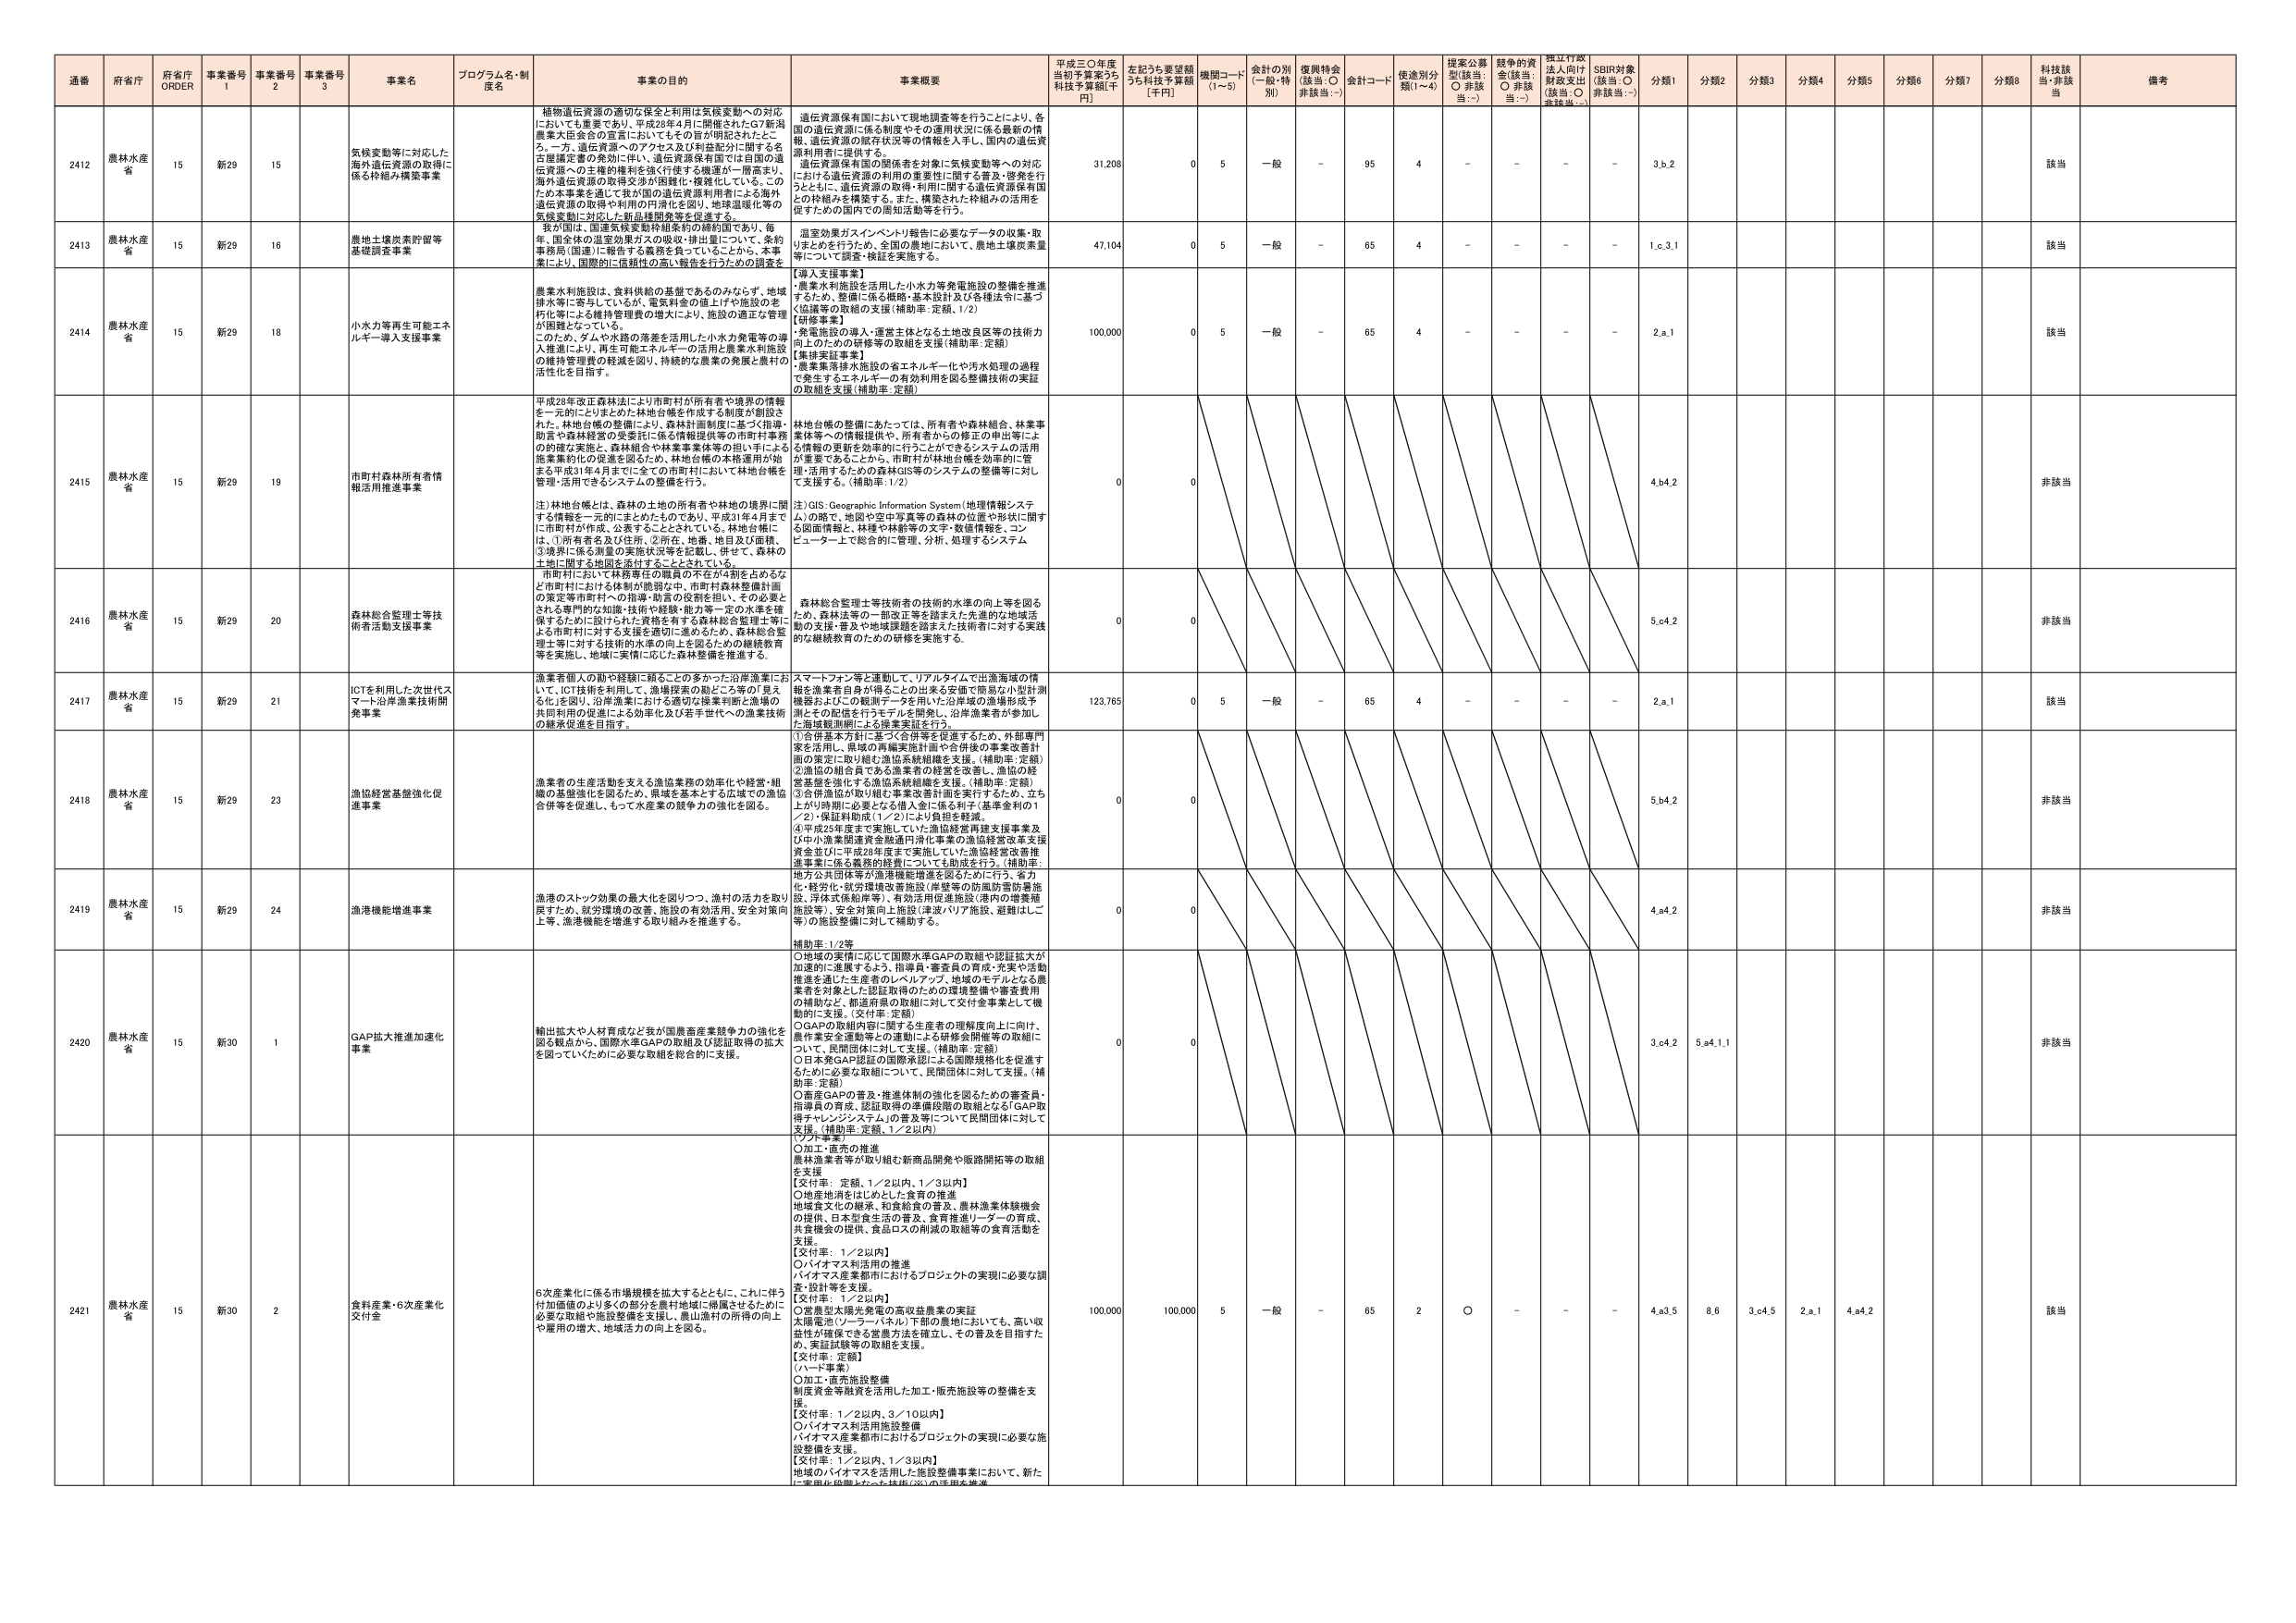
通番 府省庁 府省庁 ORDER 事業番号 1 事業番号 2 事業番号 3 事業名 プログラム名・制度名 事業の目的 事業概要 平成三〇年度 当初予算案うち 財政予算額[千円] 左記うち要望額 うち財政予算額 [千円] 機関コード (1～5) 金計の別 (一般・特別) 復興特金 (該当:○ 非該当:－) 金計コード 使用別分類(1～4) 提案公募型(該当:○ 非該当:－) 競争的資金(該当:○ 非該当:－) 指定行政法人向け財政支出(該当:○ 非該当:－) SDBR対象(該当:○ 非該当:－) 分類1 分類2 分類3 分類4 分類5 分類6 分類7 分類8 科技該当・非該当 備考

2412 農林水産省 15 新29 15 気候変動等に対応した海外遺伝資源の取得に係る枠組み構築事業 植物遺伝資源の適切な保全と利用は気候変動への対応においても重要であり、平成28年4月に開催されたG7新潟農業大臣会合の宣言においてもその旨が明記されたところ。一方、遺伝資源へのアクセス及び利用益配分に関する各国議定書の発効に伴い、遺伝資源保有国では国の遺伝資源への主権的権利を強く行使する機運が一層高まり、海外遺伝資源の取得交渉が困難化・複雑化している。このため本事業を通じて我が国の遺伝資源利用者による海外遺伝資源の取得や利用の円滑化を図り、地球温暖化等の気候変動に対応した新品種開発等を促進する。 遺伝資源保有国において現地調査等を行うことにより、各国の遺伝資源に係る制度やその運用状況に係る最新の情報、遺伝資源の保存状況等の情報を入手し、国内の遺伝資源利用者に提供する。 遺伝資源保有国の関係者を対象に気候変動等への対応における遺伝資源の利用の重要性に関する普及・啓発を行うとともに、遺伝資源の取得・利用に関する遺伝資源保有国との枠組みを構築する。また、構築された枠組みの活用を促すための国内での周知活動等を行う。 31,208 0 5 一般 － 95 4 － － － － 3.b.2 該当

2413 農林水産省 15 新29 16 農地土壌炭素貯留等基礎調査事業 我が国は、国連気候変動枠組条約の締約国であり、毎年、国全体の温室効果ガスの吸収・排出量について、条約事務局（国連）に報告する義務を負っていることから、本事業により、国際的に信頼性の高い報告を行うための調査を 温室効果ガスインベントリ報告に必要なデータの収集・取りまとめを行うため、全国の農地において、農地土壌炭素量等について調査・検証を実施する。 47,104 0 5 一般 － 65 4 － － － － 1.c.3.1 該当

2414 農林水産省 15 新29 18 小水力等再生可能エネルギー導入支援事業 農業水利施設は、食料供給の基盤であるのみならず、地域排水等に寄与しているが、電気料金の値上げや施設の老朽化等による維持管理費の増大により、施設の適正な管理が困難となっている。 このため、ダムや水路の発電を活用した小水力発電等の導入推進により、再生可能エネルギーの活用と農業水利施設の維持管理費の軽減を図り、持続的な農業の発展と農村の活性化を目指す。 【導入支援事業】 農業水利施設を活用した小水力等発電施設の整備を推進するため、整備に係る戦略・基本設計及び各種法令に基づく協議等の取組の支援（補助率：定額、1/2） 【研修事業】 ・発電施設の導入・運営主体となる土地改良区等の技術力向上のための研修等の取組を支援（補助率：定額） 【集排実証事業】 農業集落排水施設の省エネルギー化や汚水処理の過程で発生するエネルギーの有効利用を図る整備技術の実証の取組を支援（補助率：定額） 100,000 0 5 一般 － 65 4 － － － － 2.a.1 該当

2415 農林水産省 15 新29 19 市町村森林所有者情報活用推進事業 平成28年改正森林法により市町村が所有者や境界の情報を一元的にとりまとめた「林地台帳を作成する制度が創設された。林地台帳の整備により、森林計画制度に基づく指導・助言や森林経営の受委託に係る情報提供等の市町村事務の的確な実施と、森林組合や林業事業体等の担い手による施策集約化の促進を図るため、林地台帳の本格運用が始まる平成31年4月までに全ての市町村において林地台帳を管理・活用できるシステムの整備を行う。 注）林地台帳とは、森林の土地の所有者や林地の境界に関する情報を一元的にまとめたものであり、平成31年4月までに市町村が作成、公表することとしている。林地台帳には、①所有者名及び住所、②所在、地番、地目及び面積、③境界に係る測量の実施状況等を記載し、併せて、森林の土地に関する地図を添付することとされている。 市町村において林務等庁の職員の不在が4割を占めるなど市町村における体制が脆弱な中、市町村森林整備計画の策定等市町村への指導・助言の役割を担い、その必要とされる専門的な知識・技術や経験・能力等一定の水準を確保するために設けられた資格を有する森林総合管理士等による市町村に対する支援を適切に進めるため、森林総合管理士等に対する技術的水準の向上を図るための継続教育等を実施し、地域に実情に応じた森林整備を推進する。 林地台帳の整備にあたっては、所有者や森林組合、林業事業体等への情報提供や、所有者からの修正の申出等による情報の更新を効率的に行うことができるシステムの活用が重要であることから、市町村が林地台帳を効率的に管理・活用するための森林GIS等のシステムの整備等に対し支援する。（補助率：1/2） 注）GIS: Geographic Information System（地理情報システム）の略で、地図や空中写真等の森林の位置や形状に関する図面情報と、林種や林齢等の文字・数値情報、コンピュータ上で総合的に管理、分析、処理するシステム 0 0 4.b4.2 非該当

2416 農林水産省 15 新29 20 森林総合管理士等技術者活動支援事業 森林総合管理士等技術者の技術的水準の向上等を図るため、森林法等の一部改正等を踏まえた先進的な地域活動の支援・普及や地域課題を踏まえた技術者に対する実践的な継続教育のための研修を実施する。 0 0 5.c4.2 非該当

2417 農林水産省 15 新29 21 ICTを利用した次世代スマート沿岸漁業技術開発事業 漁業者個人の動や経験に頼ることの多かった沿岸漁業において、ICT技術を活用して、漁場探査の勘どころ等の「見えない」を図り、沿岸漁業における適切な操業判断と漁場の共同利用の促進による効率化及び若手世代への漁業技術の継承促進を目指す。 スマートフォン等と連動して、リアルタイムで出漁海域の情報を漁業者自身が得ることの出来る安価で簡易な小型計測機器およびこの観測データを用いた沿岸域の漁場形成予測とその配信を行うモデルを開発し、沿岸漁業者が参加した海域観測網による漁業実証を行う。 123,765 0 5 一般 － 65 4 － － － － 2.a.1 該当

2418 農林水産省 15 新29 23 漁協経営基盤強化促進事業 漁業者の生産活動を支える漁協業務の効率化や経営・組織の基盤強化を図るため、県域を基本とする広域での漁協合併等を促進し、もって水産業の競争力の強化を図る。 ①合併基本方針に基づく合併等を促進するため、外部専門家を活用し、県域の再編実施計画や合併後の事業改善計画の策定に取り組む漁協系統組織を支援。（補助率：定額） ②漁協の組合員である漁業者の経営を改善し、漁協の経営基盤を強化する漁協系統組織を支援。（補助率：定額） ③合併漁協が取り組む事業改善計画を実行するため、立ち上がり時期に必要となる借入金に係る利子（基準金利の1／2）・保証料助成（1／2）により負担を軽減。 ④平成23年度まで実施していた漁協経営再建支援事業及び中小漁業関連資金融通円滑化事業の漁協経営改革支援資金並びに平成23年度まで実施していた漁協経営改善推進事業に係る義務的経費についても助成を行う。（補助率： 0 0 5.b4.2 非該当

2419 農林水産省 15 新29 24 漁港機能増進事業 漁港のストック効果の最大化を図りつつ、漁村の活力を取り戻すため、就労環境の改善、施設の有効活用、安全対策向上等、漁港機能を増進する取り組みを推進する。 地方公共団体等が漁港機能増進を図るために行う、省力化・軽労化・就労環境改善施設（岸壁等の防風防雪防暑施設、浮体式係船岸等）、有効活用促進施設（港内の増築施設等）、安全対策向上施設（津波バリア施設、避難はしご等）の施設整備に対して補助する。 補助率：1/2等 0 0 4.a4.2 非該当

2420 農林水産省 15 新30 1 GAP拡大推進加速化事業 輸出拡大や人材育成など我が国農畜産業競争力の強化を図る観点から、国際水準GAPの取組及び認証取得の拡大を図っていくために必要な取組を総合的に支援。 ○地域の実情に応じて国際水準GAPの取組や認証拡大が加速的に進展するよう、指導員・審査員の育成・充実や活動推進を通じた生産者のレベルアップ、地域のモデルとなる農業者を対象とした認証取得のための環境整備や審査費用の補助は、都道府県の取組に対して交付金事業として機動的に支援。（交付率：定額） ○GAPの取組内容に関する生産者の理解度向上に向け、農作業安全運動等との連動による研修会開催等の取組について、民間団体に対して支援。（補助率：定額） ○日本発GAP認証の国際承認による国際規格化を促進するために必要な取組について、民間団体に対して支援。（補助率：定額） ○畜産GAPの普及・推進体制の強化を図るための審査員・指導員の育成、認証取得の準備段階の取組となるGAP取得チャレンジシステムの普及等について民間団体に対して支援。（補助率：定額、1／2以内） 0 0 3.c4.2 5.a4.1.1 非該当

2421 農林水産省 15 新30 2 食料産業・6次産業化交付金 6次産業化に係る市場規模を拡大するとともに、これに伴う付加価値のより多くの部分を農村地域に帰属させるために必要な取組や施設整備を支援し、農山漁村の所得の向上や雇用の増大、地域活力の向上を図る。 【加工・直売の推進】 農林漁業者等が取り組む新商品開発や販路開拓等の取組を支援 【交付率：定額、1／2以内、1／3以内】 ○地産地消をはじめとした食育の推進 地域食文化の継承、和食給食の普及、農林漁業体験機会の提供、日本型食生活の普及、食育推進リーダーの育成、共食機会の提供、食品ロスの削減の取組等の食育活動を支援。 【交付率：1／2以内】 ○バイオマス利用活用の推進 バイオマス産業都市におけるプロジェクトの実現に必要な調査・設計等を支援。 【交付率：1／2以内】 ○畜産型太陽光発電の高収益農業の実証 太陽電池（ソーラーパネル）下部の農地においても、高い収益性が確保できる営農方法を確立し、その普及を目指すため、実証試験等の取組を支援。 【交付率：定額】 （ハート事業） ○加工・直売施設整備 制度資金等融資を活用した加工・販売施設等の整備を支援。 【交付率：1／2以内、3／10以内】 ○バイオマス利用施設整備 バイオマス産業都市におけるプロジェクトの実現に必要な施設整備を支援。 【交付率：1／2以内、1／3以内】 地域のバイオマスを活用した施設整備事業において、新たに電気化や脱炭素化（太陽光等）の活用を推進 100,000 100,000 5 一般 － 65 2 ○ － － － 4.a3.5 8.6 3.c4.5 2.a.1 4.a4.2 該当